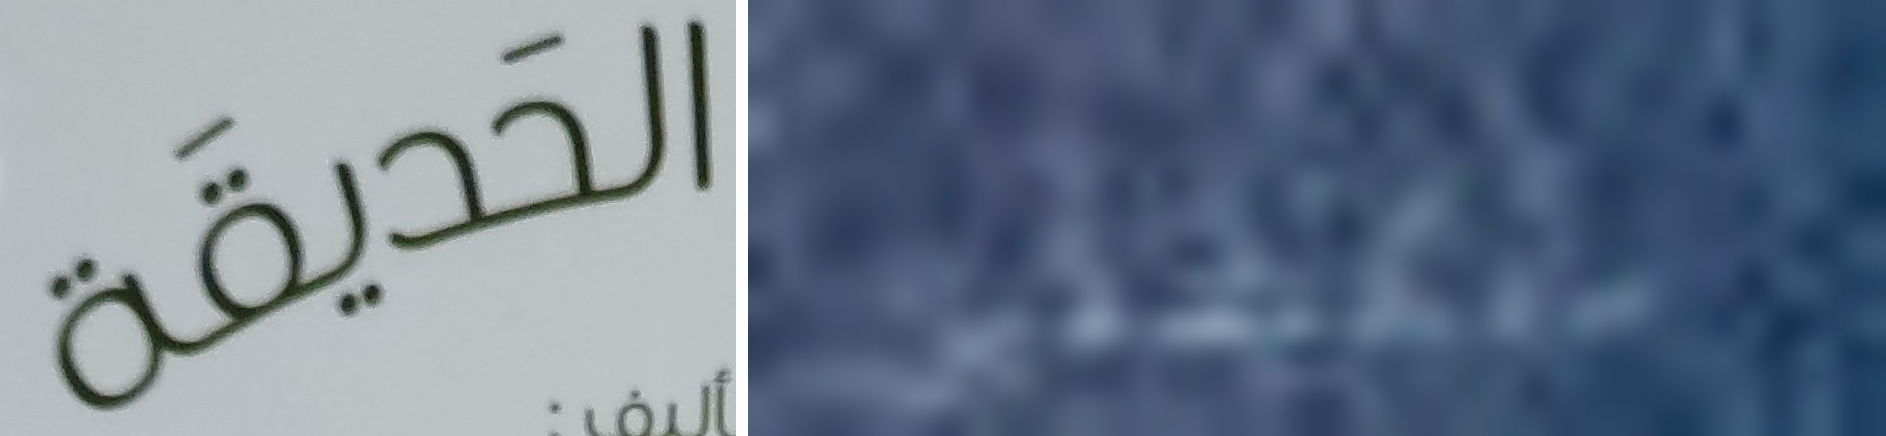
الحديقة ستكتشفين